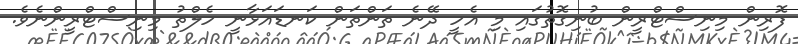
ފޮރިން މިނިސްޓްރީން ބުނިގޮތުގައި މި އެހީ ދޭނެ ތަންތަން ކަނޑައަޅާނީ ހެލްތު މިނިސްޓްރީންނެވެ.